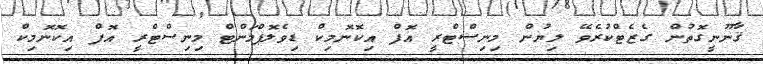
ޤާނޫނީގޮތުން ގެޒެޓްކުރެވޭ ލިޔުން މިނިސްޓްރީ އޮފް އިކޮނޮމިކް ޑިވެލޮޕްމަންޓް މިނިސްޓްރީ އޮފް އިކޮނޮމިކް